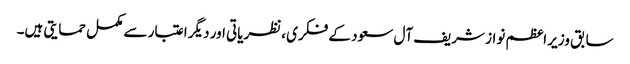
سابق وزیر اعظم نواز شریف آل سعود کے فکری ،نظریاتی اور دیگر اعتبار سے مکمل حمایتی ہیں۔